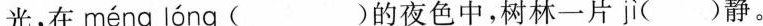
光，在 méng lóng ( )的夜色中，树林一片 jì ()静。